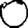
Digit: 0